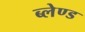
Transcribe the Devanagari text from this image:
ब्लेण्ड